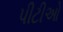
પીટીઓ